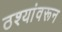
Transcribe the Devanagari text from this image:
ठश्यांवरून